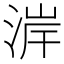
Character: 𪶐